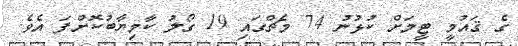
ގެ ޤައުމީ ޓީމަށް ކުޅުނު 74 މެޗްގައި 19 ގޯލު ކާމިޔާބުކޮށްފަ އެވެ.